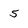
Character: 5